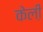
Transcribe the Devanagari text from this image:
केली़